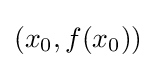
(x_{0},f(x_{0}))